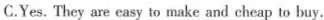
C.Yes.They are easy to make and cheap to buy.